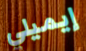
إيميلي